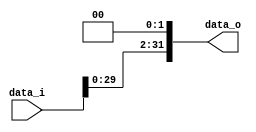
module Shiftleft2(
    input [31:0]data_i,
    output [31:0]data_o
);
assign data_o = data_i << 2;
endmodule